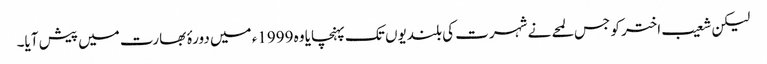
لیکن شعیب اختر کو جس لمحے نے شہرت کی بلندیوں تک پہنچایا وہ 1999ء میں دورۂ بھارت میں پیش آیا۔